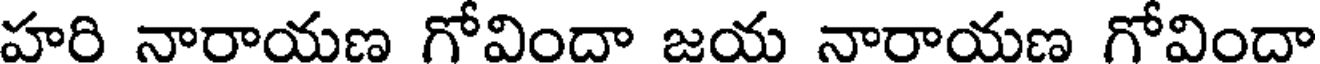
హరి నారాయణ గోవిందా జయ నారాయణ గోవిందా